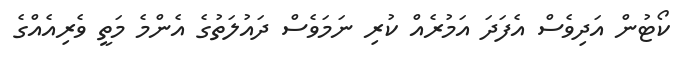
ކޯޓުން އަދިވެސް އެފަދަ އަމުރެއް ކުރި ނަމަވެސް ދައުލަތުގެ އެންމެ މަތީ ވެރިއެއްގެ